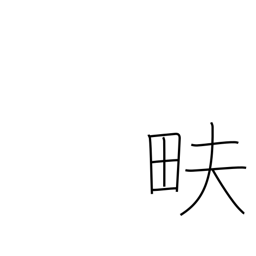
Meaning: till